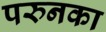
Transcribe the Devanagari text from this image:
परुनका